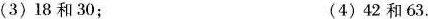
3)18和30；(4)42和63.